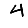
Digit: 4